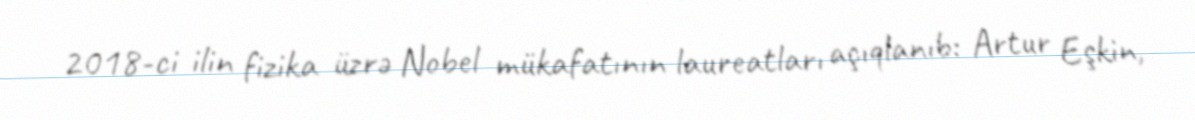
2018-ci ilin fizika üzrə Nobel mükafatının laureatları açıqlanıb: Artur Eşkin,